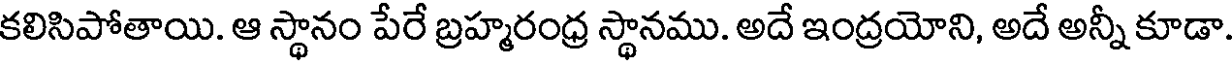
కలిసిపోతాయి. ఆ స్థానం పేరే బ్రహ్మరంధ్ర స్థానము. అదే ఇంద్రయోని, అదే అన్నీ కూడా.